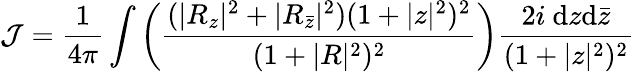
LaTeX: {\cal J}=\frac{1}{4\pi}\int\left(\frac{(|R_{z}|^{2}+|R_{{\bar{z}}}|^{2})(1+|z|^{2})^{2}}{(1+|R|^{2})^{2}}\right)\frac{2i~\mathrm{d}z\mathrm{d}{\bar{z}}}{(1+|z|^{2})^{2}}